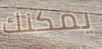
يمكنك